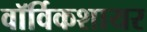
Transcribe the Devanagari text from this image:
वॉर्विकशायर